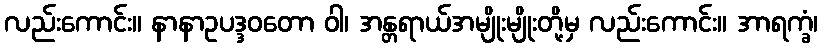
လည်းကောင်း။ နာနာဥပဒ္ဒဝတော ဝါ၊ အန္တရာယ်အမျိုးမျိုးတို့မှ လည်းကောင်း။ အာရက္ခံ၊